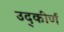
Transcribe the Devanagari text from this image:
उद्‌कीर्ण